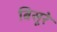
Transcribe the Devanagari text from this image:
बिसूरे